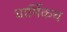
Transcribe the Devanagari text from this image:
धार्मिकच